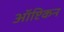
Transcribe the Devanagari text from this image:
ऑप्टिकन